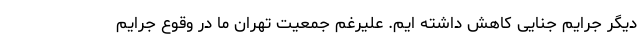
دیگر جرایم جنایی کاهش داشته ایم. علیرغم جمعیت تهران ما در وقوع جرایم